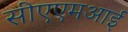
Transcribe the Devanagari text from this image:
सीएएमआई